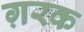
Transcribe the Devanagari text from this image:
ग़रक